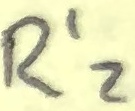
Text: R'2